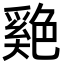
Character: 𦫬